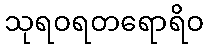
သုရဝရတရောရိဝ